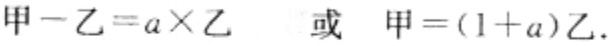
甲 - 乙 = a×乙  或  甲 = (1 + a)乙.